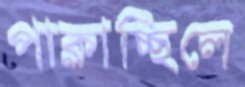
পাক্‌লাচ্ছিলে